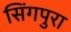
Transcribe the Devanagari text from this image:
सिंगपुरा